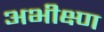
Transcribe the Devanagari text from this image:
अभीक्ष्ण